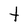
Character: t